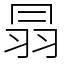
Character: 𦐇